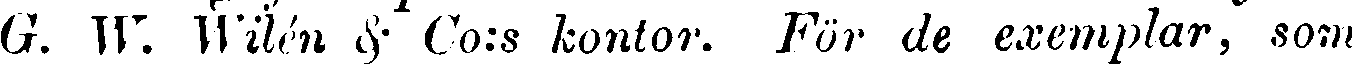
G. W. Wilén & Co:s kontor. För de exemplar, som